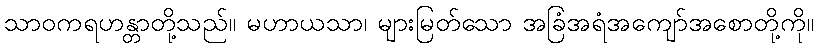
သာဝကရဟန္တာတို့သည်။ မဟာယသာ၊ များမြတ်သော အခြံအရံအကျော်အစောတို့ကို။